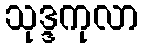
သုဒ္ဒကုလာ